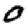
Digit: 0